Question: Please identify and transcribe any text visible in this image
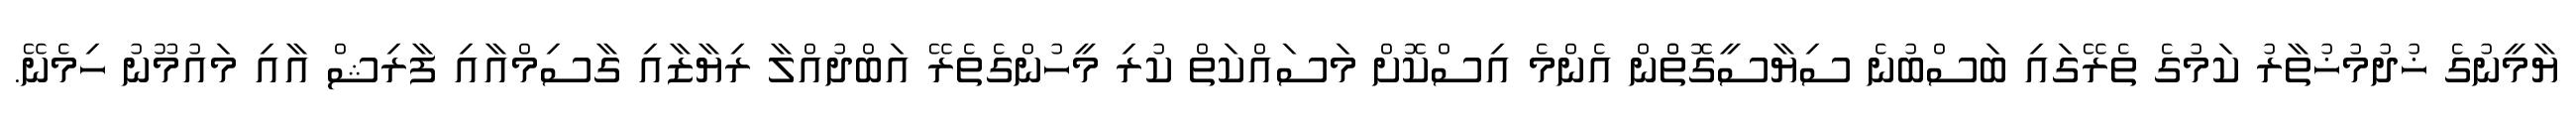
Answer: ޔާމީނުގެ ޚުދުމުޚުތާރު ކަމުގެ ތެރޭގައި ބަސްބުނެ ސިޔާސީގޮތުްން އެންމެ އިސްކޮށް މަސައްކަތް ކުރި މީހުންގެތެރޭ އަބްދުއްލާ ރިޔާޒާއި ގާސިމްއާއި ފާރިޝް އާއި މައުމޫނު ހިމެނޭ.